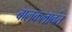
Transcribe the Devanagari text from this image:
बालकलावंत